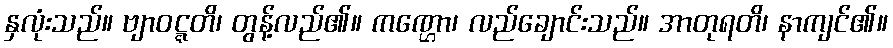
နှလုံးသည်။ ဗျာဝဋ္ဋတိ၊ တွန့်လည်၏။ ကဏ္ဌော၊ လည်ချောင်းသည်။ အာတုရတိ၊ နာကျင်၏။